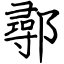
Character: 鄩